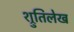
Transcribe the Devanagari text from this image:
श्रुतिलेख